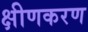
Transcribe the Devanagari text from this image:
क्षीणकरण